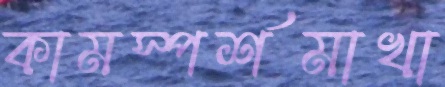
কামস্পর্শমাখা